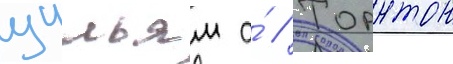
уильям а́ // Торнтон